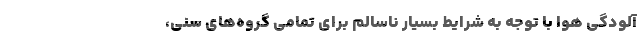
آلودگی هوا با توجه به شرایط بسیار ناسالم برای تمامی گروه‌های سنی،